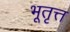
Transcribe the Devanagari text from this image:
भूतृत्त